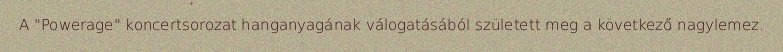
A "Powerage" koncertsorozat hanganyagának válogatásából született meg a következő nagylemez.